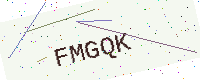
Text: FMGQK